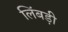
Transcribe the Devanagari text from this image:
लिंबड़ी